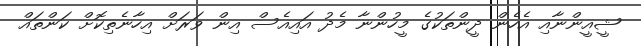
ޝީއީންނާއި އެހެން ދީންތަކުގެ މީހުންނާ މެދު އައިއެސް އިން ވަރަށް އިހާނެތިކޮށް ކަންތައް